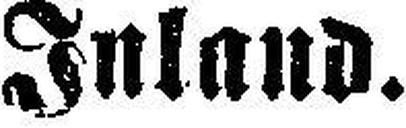
Inland.